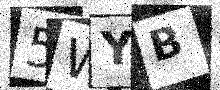
Text: 5WYB